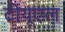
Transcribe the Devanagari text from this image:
टीयूएल